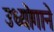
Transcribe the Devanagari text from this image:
उध्योगाने